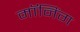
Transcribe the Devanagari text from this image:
मॉनिंग